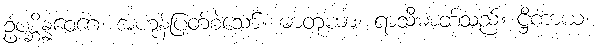
ဥပစ္ဆိန္နဝေဂေ၊ အဟုန်ပြတ်စဲသော်။ ဓာတုယာ၊ ရာသီဓာတ်သည်။ ဋ္ဌိကာယ၊